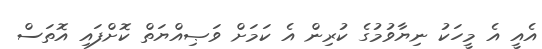
އެއީ އެ މީހަކު ނިޔާވުމުގެ ކުރިން އެ ކަމަށް ވަޞިއްޔަތް ކޮށްފައި އޮތަސް